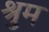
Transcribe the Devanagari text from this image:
श्रुम